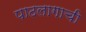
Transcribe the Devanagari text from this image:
पाठलागाची